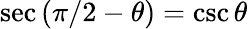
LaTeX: \sec\left(\pi/2-\theta\right)=\csc\theta